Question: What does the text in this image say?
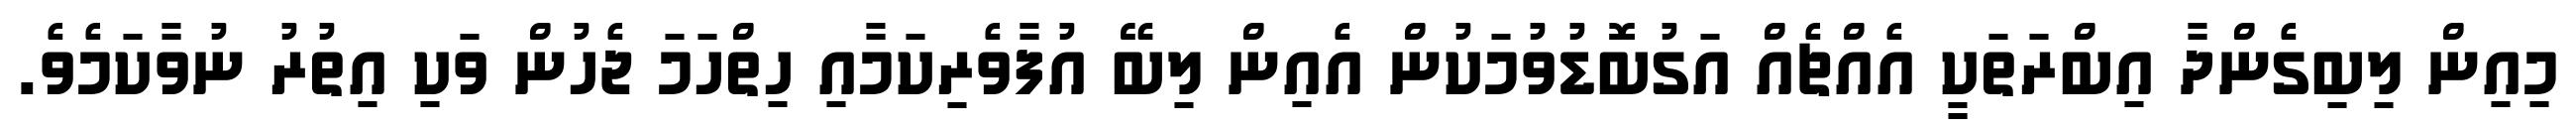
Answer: މިއިން ލިބިގެންދާ އިބްރަތަކީ އެއްޗެއް އަގުބޮޑުވުމަކުން އެއިން ލިބޭ އުފާވެރިކަމާއި ހިތްހަމަ ޖެހުން ވަކި އިތުރު ނުވާކަމެވެ.